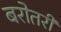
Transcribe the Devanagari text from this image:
बरोतरी